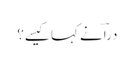
دراؔ نے کہا کیسے؟